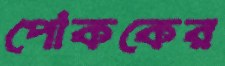
পোককের